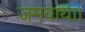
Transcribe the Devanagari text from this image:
जमवाया।